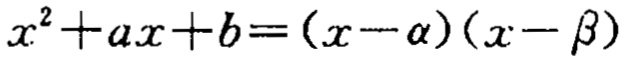
\(x^{2}+ax + b=(x - \alpha)(x - \beta)\)